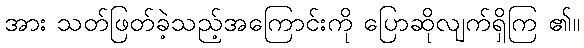
အား သတ်ဖြတ်ခဲ့သည့်အကြောင်းကို ပြောဆိုလျက်ရှိကြ ၏။